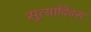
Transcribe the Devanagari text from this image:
सुत्यादिवस